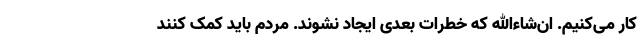
کار می‌کنیم. ان‌شاءالله که خطرات بعدی ایجاد نشوند. مردم باید کمک کنند